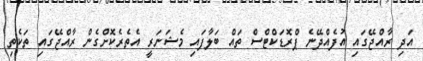
އަދި ރާއްޖޭގައި އުފެއްދޭނެ ޕްރޮޑަކްޓްސް ތައް ބަލާފައި މެޝަނަރީ އެތެރެކޮށްގެން ރާއްޖޭގައި ތަކެތި